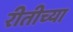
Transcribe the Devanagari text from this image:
रीतीच्या